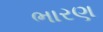
ભારણ